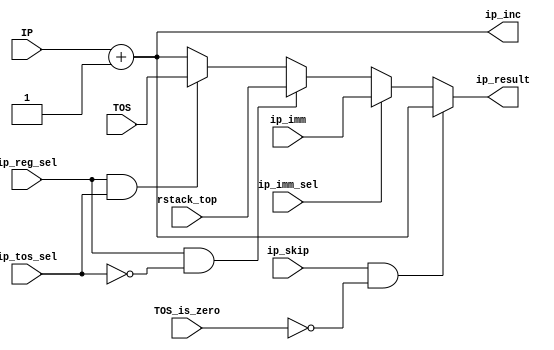
`default_nettype none

module ip_comb
  #(parameter
    iaddr_width = 10
    )
(
 input [iaddr_width-1:0]      IP,
 input [iaddr_width-1:0]      TOS,
 input [iaddr_width-1:0]      rstack_top,

 input                        TOS_is_zero,

 input [iaddr_width-1:0]      ip_imm,
 input                        ip_tos_sel,
 input                        ip_reg_sel,
 input                        ip_imm_sel,
 input                        ip_skip,

 output [iaddr_width-1:0]     ip_inc,
 output reg [iaddr_width-1:0] ip_result
 );

assign ip_inc = IP + 1;

always @(*)
  case (1'b1)
    ip_skip && ~TOS_is_zero:   ip_result = ip_inc;
    ip_imm_sel:                ip_result = ip_imm;
    ip_reg_sel && !ip_tos_sel: ip_result = rstack_top;
    ip_reg_sel && ip_tos_sel:  ip_result = TOS;
    default:                   ip_result = ip_inc;
  endcase

endmodule